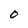
Character: 0